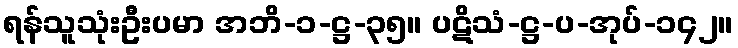
ရန်သူသုံးဦးပမာ အဘိ-၁-ဋ္ဌ-၃၅။ ပဋိသံ-ဋ္ဌ-ပ-အုပ်-၁၄၂။